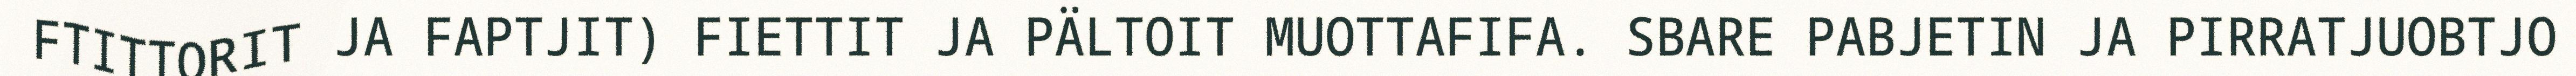
FTITTORIT JA FAPTJIT) FIETTIT JA PÄLTOIT MUOTTAFIFA. SBARE PABJETIN JA PIRRATJUOBTJO